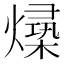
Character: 𪹻